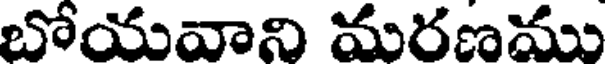
బోయవాని మరణము